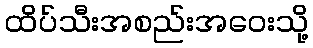
ထိပ်သီးအစည်းအဝေးသို့